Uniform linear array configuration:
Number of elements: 64
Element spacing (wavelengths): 0.5
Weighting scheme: uniform
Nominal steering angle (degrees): -15
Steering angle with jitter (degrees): -16.318
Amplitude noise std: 0.05
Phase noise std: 0.05

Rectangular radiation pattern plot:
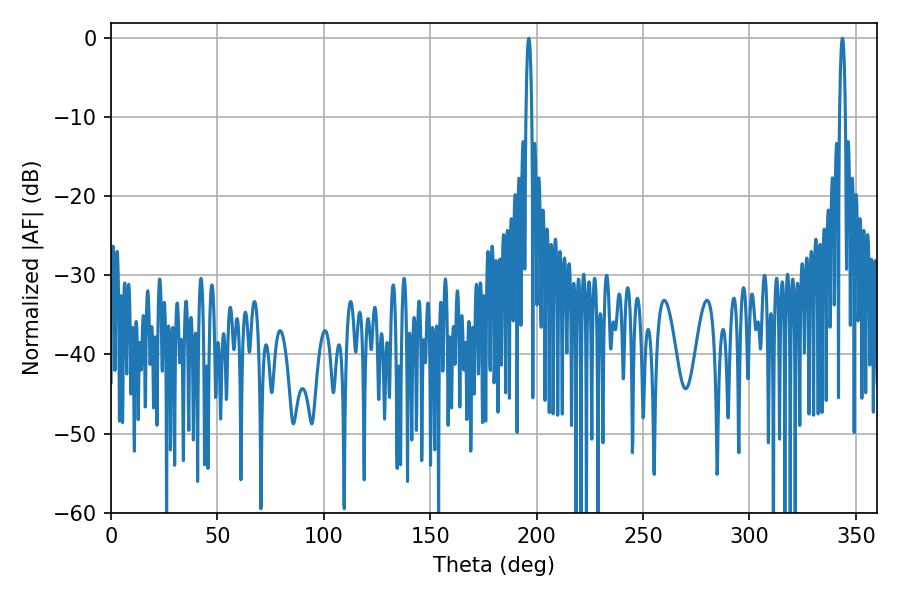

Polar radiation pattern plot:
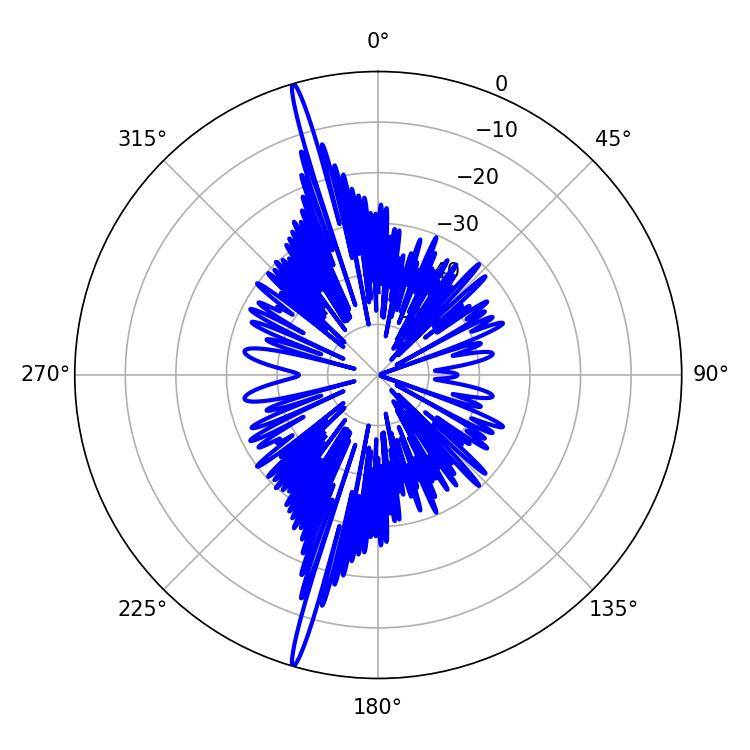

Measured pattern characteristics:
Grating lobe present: FALSE
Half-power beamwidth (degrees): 1.44
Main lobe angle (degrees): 343.62